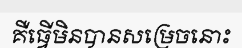
គឺធ្វើមិនបានសម្រេចនោះ